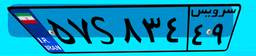
۵۷S۸۳۴۴۹